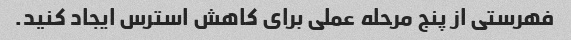
فهرستی از پنج مرحله عملی برای کاهش استرس ایجاد کنید.